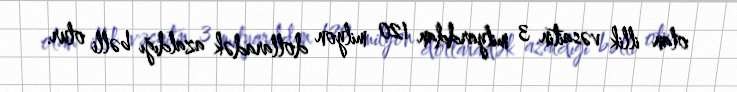
olan illik vəsaitin 3 milyarddan 120 milyon dollaradək azaldığı bəlli olur.